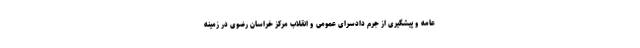
عامه و پیشگیری از جرم دادسرای عمومی و انقلاب مرکز خراسان رضوی در زمینه